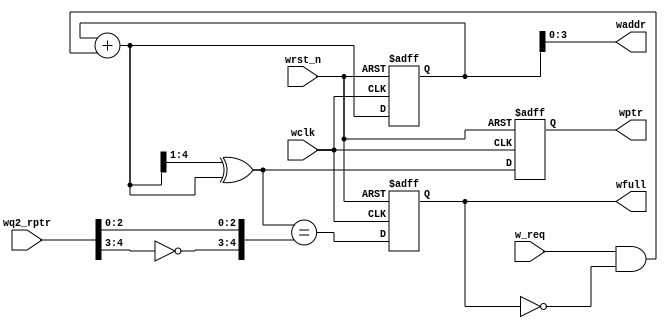
module wptr_full
#(
    parameter ADDRSIZE = 4
) 
(
    output reg                wfull,   
    output     [ADDRSIZE-1:0] waddr,
    output reg [ADDRSIZE  :0] wptr, 
    input      [ADDRSIZE  :0] wq2_rptr,
    input                     w_req, wclk, wrst_n
);
  reg  [ADDRSIZE:0] wbin;
  wire [ADDRSIZE:0] wgraynext, wbinnext;
  wire wfull_temp;
  // GRAYSTYLE2 pointer
  always @(posedge wclk or negedge wrst_n)   
      if (!wrst_n)
          {wbin, wptr} <= 0;   
      else         
          {wbin, wptr} <= {wbinnext, wgraynext};
  // Memory write-address pointer (okay to use binary to address memory) 
  assign waddr = wbin[ADDRSIZE-1:0];
  assign wbinnext  = wbin + (w_req & ~wfull);
  assign wgraynext = (wbinnext>>1) ^ wbinnext; //
  //-----------------------------------------------------------------
  assign wfull_temp = (wgraynext=={~wq2_rptr[ADDRSIZE:ADDRSIZE-1],wq2_rptr[ADDRSIZE-2:0]}); //
  always @(posedge wclk or negedge wrst_n)
      if (!wrst_n)
          wfull  <= 1'b0;   
      else     
          wfull  <= wfull_temp;
 
  endmodule